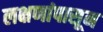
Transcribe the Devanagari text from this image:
लक्षणांपासून